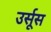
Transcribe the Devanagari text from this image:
उर्सूस